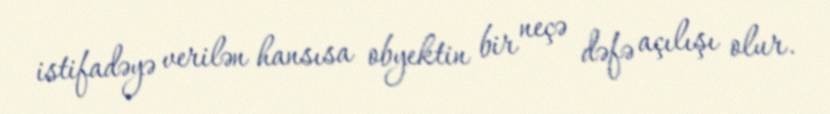
istifadəyə verilən hansısa obyektin bir neçə dəfə açılışı olur.